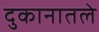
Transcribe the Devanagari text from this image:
दुकानातले